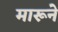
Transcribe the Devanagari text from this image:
मारूने